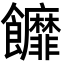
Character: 䭩